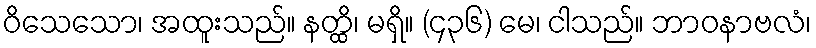
ဝိသေသော၊ အထူးသည်။ နတ္ထိ၊ မရှိ။ (၄၃၆) မေ၊ ငါသည်။ ဘာဝနာဗလံ၊